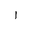
Letter: _alif